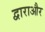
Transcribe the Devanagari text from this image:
द्वाराऔर